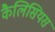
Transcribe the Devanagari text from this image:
कैलिसियस